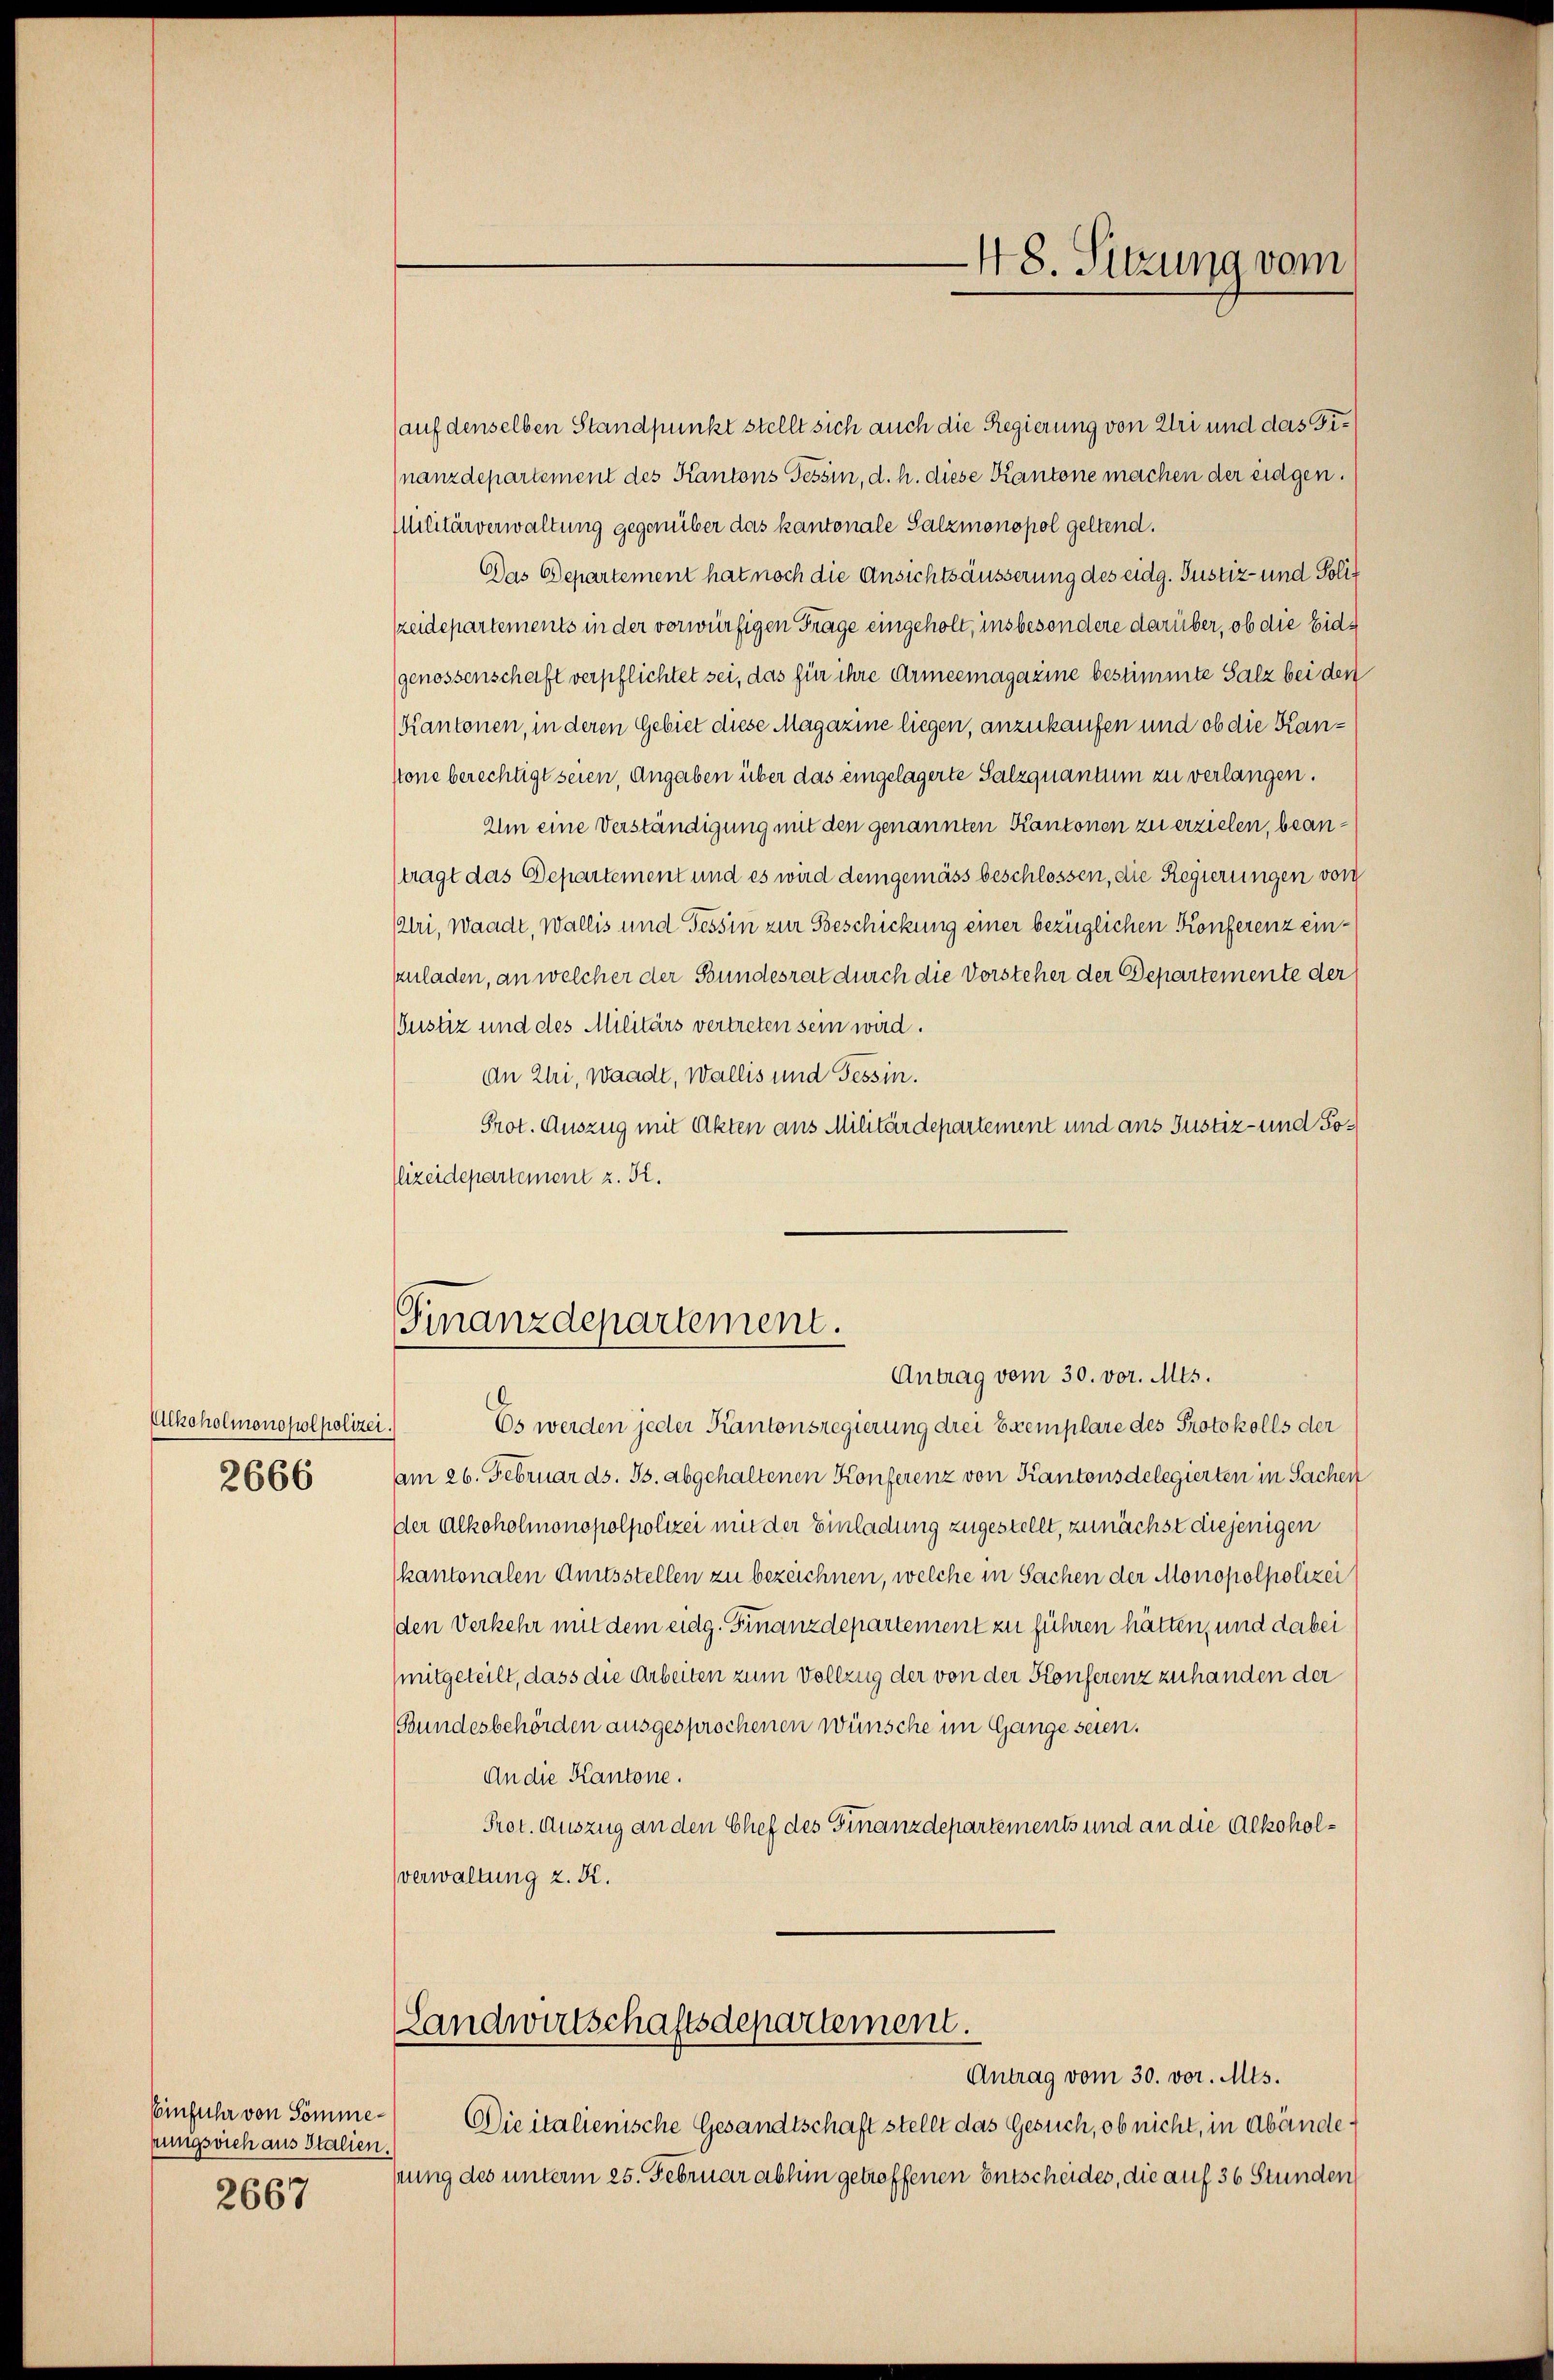
Alkoholmonopolpolizei.
2666

Einfuhr von Somme.
rungsvieh aus Italien.
2667

(auf denselben Standpunkt stellt sich auch die Regierung von Uri und das Finanzdepartement des Kantons Tessin, d. h. diese Kantone machen der eidgen.
Militärverwaltung gegenüber das kantonale Salzmonopol geltend.
Das Departement hat noch die Ansichtsäusserung des eidg. Justiz- und Polit
zeidepartements in der vorwürfigen Frage eingeholt, insbesondere darüber, ob die Eidgenossenschaft verpflichtet sei, das für ihre Armeemagazine bestimmte Salz bei den
Kantonen, in deren Gebiet diese Magazine liegen, anzukaufen und ob die Kanstone berechtigt seien, Angaben über das eingelagerte Salzquantum zu verlangen.
Um eine Verständigung mit den genannten Kantonen zu erzielen, beantragt das Departement und es wird demgemäss beschlossen, die Regierungen von
kli, Waadt, Wallis und Tessin zur Beschickung einer bezüglichen Konferenz einzuladen, an welcher der Bundesrat durch die Vorsteher der Departemente der
Justiz und des Militärs vertreten sein wird.
An Zhi, Waadt, Wallis und Tessin.
Prot. Auszug mit Akten aus Militärdepartement und ans Justiz- und Solizeidepartement z. St.
Finanzdepartement.
Antrag vom 30. vor. Mts.
Es werden jeder Kantonsregierung drei Exemplare des Protokolls der
am 26. Februar ds. Js. abgehaltenen Konferenz von Kantonsdelegierten in Sachen
der Alkoholmonopolpolizei mit der Einladung zugestellt, zunächst diejenigen
kantonalen Ausstellen zu bezeichnen, welche in Sachen der Monopolpolizei
den Verkehr mit dem eidg. Finanzdepartement zu führen hätten, und dabei
mitgeteilt, dass die Arbeiten zum Vollzug der von der Konferenz zuhanden der
Bundesbehörden ausgesprochenen wünsche im Gange seien.
An die Kantone.
Prot. Auszug an den Chef des Finanzdepartements und an die Alkoholverwaltung z. K.

48. Sitzung vom

Landwirtschaftsdepartement.
Antrag vom 30. vor. Mts.

Dieitalienische Gesandtschaft stellt das Gesuch, ob nicht, in Abändesung des unterm 25. Februar abhin getroffenen Entscheides, die auf 36 Stunden